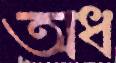
অধ